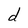
Character: d